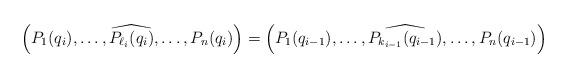
LaTeX: \begin{align*} \left( P_1(q_i),\dots,\widehat{P_{\ell_{i}}(q_i)},\dots,P_n(q_i) \right) = \left( P_1(q_{i-1}),\dots,\widehat{P_{k_{i-1}}(q_{i-1})},\dots,P_n(q_{i-1}) \right)\end{align*}